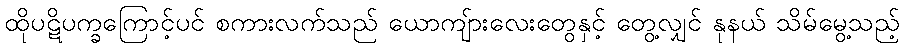
ထိုပဋိပက္ခကြောင့်ပင် စကားလက်သည် ယောကျ်ားလေးတွေနှင့် တွေ့လျှင် နုနယ် သိမ်မွေ့သည့်